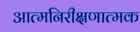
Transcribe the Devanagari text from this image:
आत्मनिरीक्षणात्मक